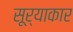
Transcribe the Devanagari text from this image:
सूर्याकार